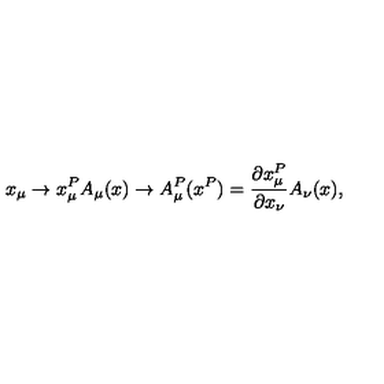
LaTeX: x _ { \mu } \to x _ { \mu } ^ { P } A _ { \mu } ( x ) \to A _ { \mu } ^ { P } ( x ^ { P } ) = \frac { \partial x _ { \mu } ^ { P } } { \partial x _ { \nu } } A _ { \nu } ( x ) ,